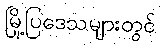
မြို့ပြဒေသများတွင်